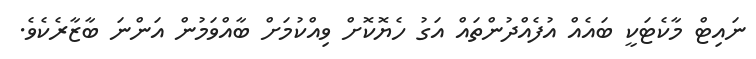
ނައިޓް މާކެޓަކީ ބައެއް އުފެއްދުންތައް އަގު ހެޔޮކޮށް ވިއްކުމަށް ބާއްވަމުން އަންނަ ބާޒާރެކެވެ.